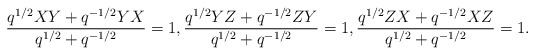
\begin{align*} \frac{q^{1/2}XY+q^{-1/2}YX}{q^{1/2}+q^{-1/2}}=1,\frac{q^{1/2}YZ+q^{-1/2} ZY}{q^{1/2}+q^{-1/2}}=1,\frac{q^{1/2}ZX+q^{-1/2} XZ}{q^{1/2}+q^{-1/2}}=1.\end{align*}